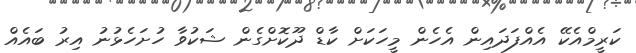
ކަރީމްއެކޭ އެއްފަދައިން އެހެން މީހަކަށް ކާޑް ދޫކޮށްގެން ޝަކުވާ ހުށަހެޅުނު އިރު ބައެއް